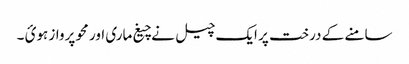
سامنے کے درخت پر ایک چیل نے چیغ ماری اور محو پرواز ہوئ ۔